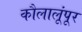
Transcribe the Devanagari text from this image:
कौलालूंपूर